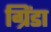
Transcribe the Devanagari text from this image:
ग्रिंडा